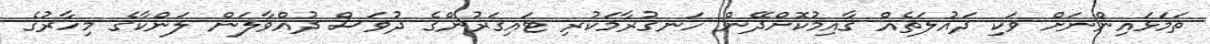
ތަމަޅައިންނަށް ވަކި ދައުލަތެއް ގާއިމުކޮށްދޭން ހަނގުރާމަކުރި ޓައިގަރުންގެ ދުވަސް ދުއްވާލަން ލަންކާގެ މިހާރުގެ